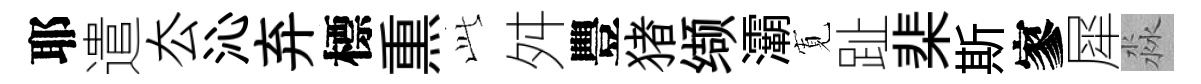
耶遣厺沁弃標𤋱𬼘舛豐猪缬灞𡩖趾棐斯寥犀淼